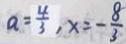
a = \frac { 4 } { 3 } , x = - \frac { 8 } { 3 }